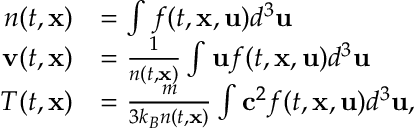
\begin{array} { r l } { n ( t , \mathbf { x } ) } & { = \int f ( t , \mathbf { x } , \mathbf { u } ) d ^ { 3 } \mathbf { u } } \\ { \mathbf { v } ( t , \mathbf { x } ) } & { = \frac { 1 } { n ( t , \mathbf { x } ) } \int \mathbf { u } f ( t , \mathbf { x } , \mathbf { u } ) d ^ { 3 } \mathbf { u } } \\ { T ( t , \mathbf { x } ) } & { = \frac { m } { 3 k _ { B } n ( t , \mathbf { x } ) } \int \mathbf { c } ^ { 2 } f ( t , \mathbf { x } , \mathbf { u } ) d ^ { 3 } \mathbf { u } , } \end{array}